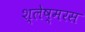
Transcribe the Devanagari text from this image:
श्लेष्मरस